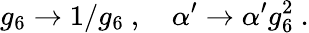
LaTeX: g_{6}\rightarrow 1/g_{6}\ ,\quad\alpha^{\prime}\rightarrow\alpha^{\prime}g_{6}^{2}\ .